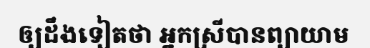
ឲ្យដឹងទៀតថា អ្នកស្រីបានព្យាយាម